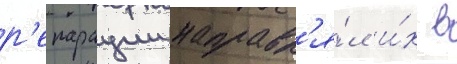
р'епарации направл'я́л и́х в